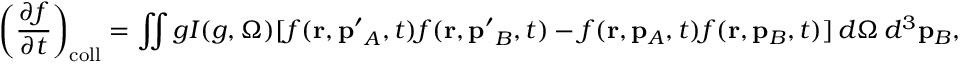
\left( { \frac { \partial f } { \partial t } } \right) _ { \mathrm { c o l l } } = \iint g I ( g , \Omega ) [ f ( \mathbf { r } , \mathbf { p ^ { \prime } } _ { A } , t ) f ( \mathbf { r } , \mathbf { p ^ { \prime } } _ { B } , t ) - f ( \mathbf { r } , \mathbf { p } _ { A } , t ) f ( \mathbf { r } , \mathbf { p } _ { B } , t ) ] \, d \Omega \, d ^ { 3 } \mathbf { p } _ { B } ,